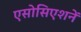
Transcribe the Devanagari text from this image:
एसोसिएशनें